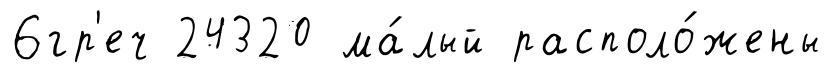
6гр'еч 24320 ма́лый располо́жены